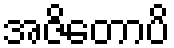
အဇိတောပိ